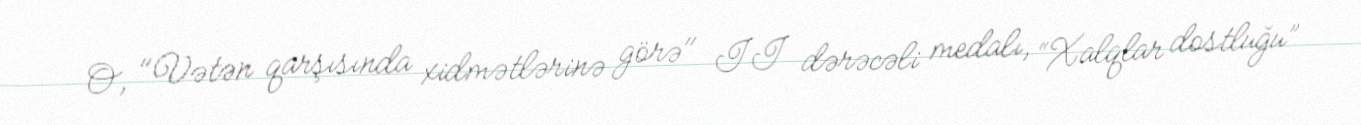
O, "Vətən qarşısında xidmətlərinə görə" II dərəcəli medalı, “Xalqlar dostluğu”